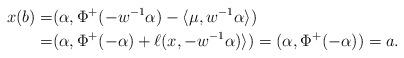
LaTeX: \begin{align*}x(b) =& (\alpha,\Phi^+(-w^{-1}\alpha) - \langle \mu,w^{-1}\alpha\rangle)\\=&(\alpha,\Phi^+(-\alpha)+\ell(x,-w^{-1}\alpha)\rangle) = (\alpha,\Phi^+(-\alpha))=a.\end{align*}